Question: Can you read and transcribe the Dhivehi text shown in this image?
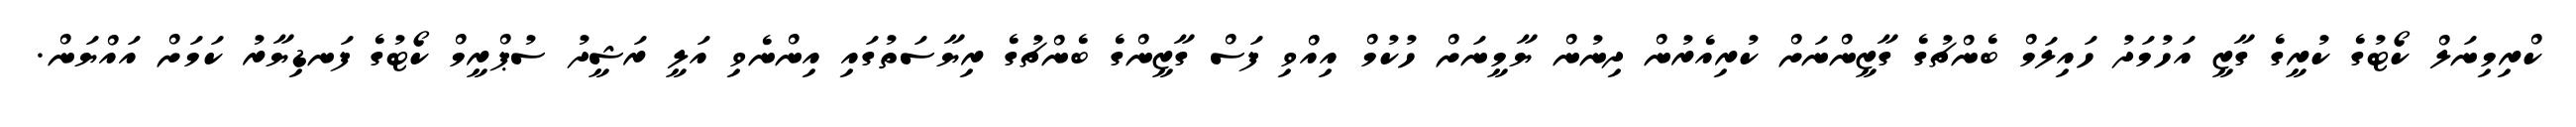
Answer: ކްރިމިނަލް ކޯޓުގެ ކުރީގެ ގާޒީ އަހުމަދު ހައިލަމް ބެންޗުގެ ގާޒީންނަށް ކުރިއެރުން ދިނުން ޔާމީނަށް ހުކުމް އިއްވި ފަސް ގާޒީންގެ ބެންޗުގެ ރިޔާސަތުގައި އިންނެވި އަލީ ރަޝީދު ސުޕްރީމް ކޯޓުގެ ފަނޑިޔާރު ކަމަށް އައްޔަން.